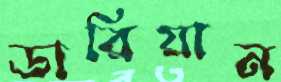
ডারিয়ান